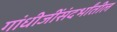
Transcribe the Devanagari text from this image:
गांधीजींसंदर्भांतील